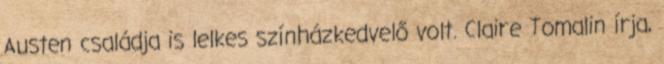
Austen családja is lelkes színházkedvelő volt. Claire Tomalin írja,